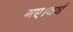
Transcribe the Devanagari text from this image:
गए।वर्ष